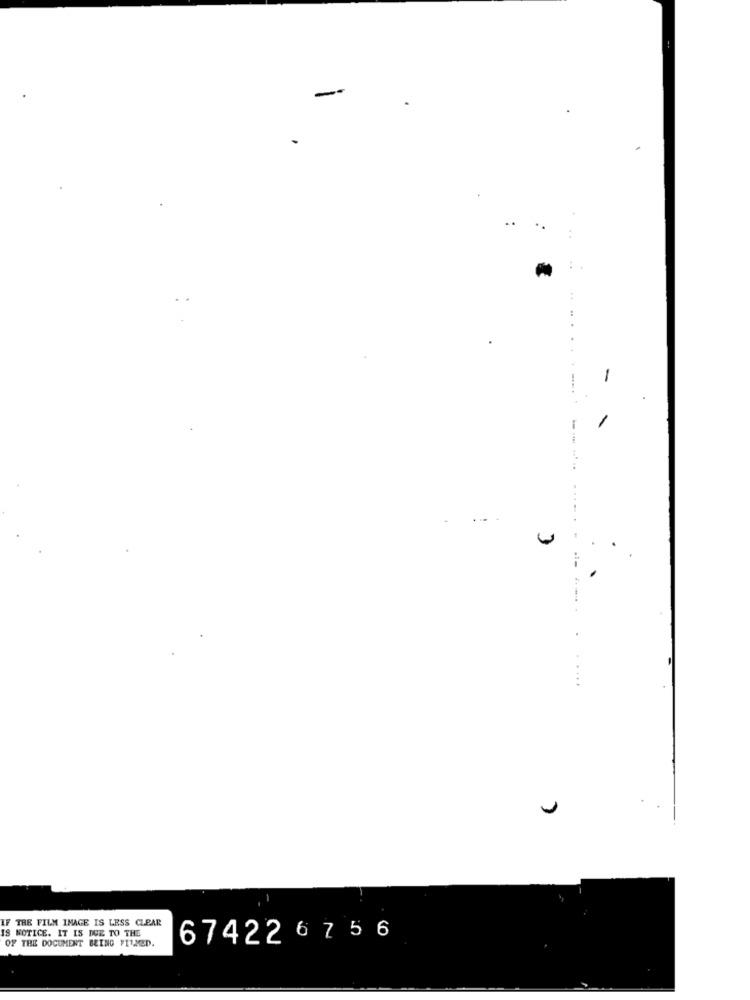
-
..
-
- -
...
IF THE FILM IMAGE IS LESS CLEAR
IS NOTICE. IT IS DUE TO THE
674226 75 6
OF THE DOCUMENT BEING FIRED.